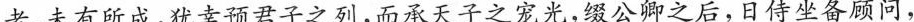
老，未有所成，犹幸预君子之列,而承天子之宠光,缀公卿之后,日侍坐备顾问，